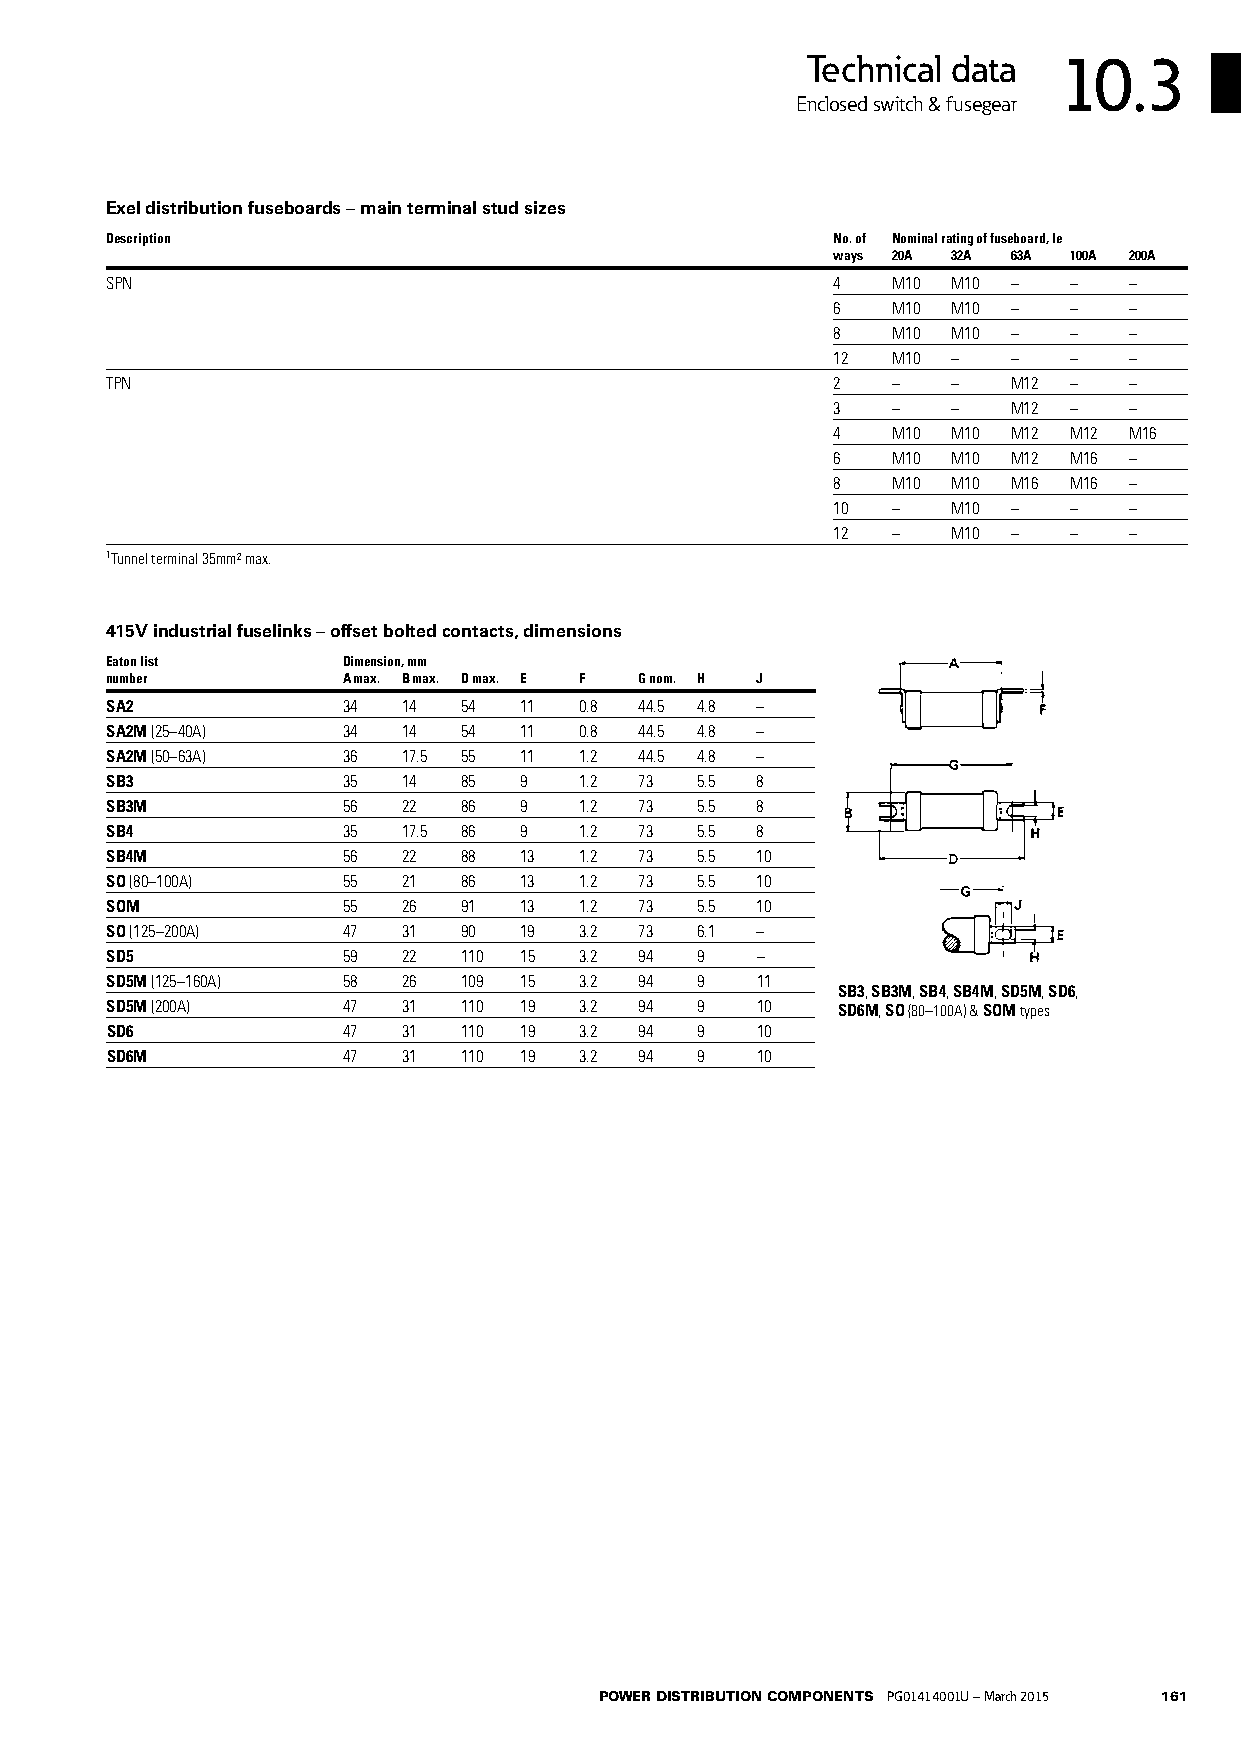
Technical data   10.3
 Enclosed switch & fusegear
 Exel distribution fuseboards – main terminal stud sizes
 Description                                     No. of Nominal rating of fuseboard, Ie
 ways 20A 32A 63A 100A 200A
 SPN                                             4   M10 M10 –   –   –
 6   M10 M10 –   –   –
 8   M10 M10 –   –   –
 12  M10 –   –   –   –
 TPN                                             2   –   –   M12 –   –
 3   –   –   M12 –   –
 4   M10 M10 M12 M12 M16
 6   M10 M10 M12 M16 –
 8   M10 M10 M16 M16 –
 10  –   M10 –   –   –
 12  –   M10 –   –   –
 1Tunnel terminal 35mm2 max.
 415V industrial fuselinks – offset bolted contacts, dimensions
 Eaton list      Dimension, mm
 number          A max. B max. D max. E F G nom. H J
 SA2             34  14 54  11  0.8 44.5 4.8 –
 SA2M (25–40A)   34  14 54  11  0.8 44.5 4.8 –
 SA2M (50–63A)   36  17.5 55 11 1.2 44.5 4.8 –
 SB3             35  14 85  9   1.2 73  5.5 8
 SB3M            56  22 86  9   1.2 73  5.5 8
 SB4             35  17.5 86 9  1.2 73  5.5 8
 SB4M            56  22 88  13  1.2 73  5.5 10
 SO (80–100A)    55  21 86  13  1.2 73  5.5 10
 SOM             55  26 91  13  1.2 73  5.5 10
 SO (125–200A)   47  31  90 19  3.2 73  6.1 –
 SD5             59  22  110 15 3.2 94  9   –
 SD5M (125–160A) 58  26  109 15 3.2 94  9   11
 SB3, SB3M, SB4, SB4M, SD5M, SD6,
 SD5M (200A)     47  31  110 19 3.2 94  9   10   SD6M, SO (80–100A) & SOM types
 SD6             47  31  110 19 3.2 94  9   10
 SD6M            47  31  110 19 3.2 94  9   10
 POWER DISTRIBUTION COMPONENTS PG01414001U – March 2015 161